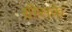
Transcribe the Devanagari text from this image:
ग्रीसके